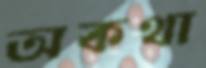
অকথা